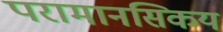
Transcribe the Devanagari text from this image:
परामानसिकय